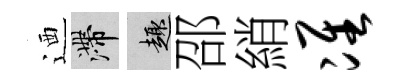
迺滯趣邵綃准